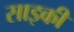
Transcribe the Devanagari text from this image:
साइकी